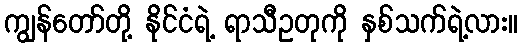
ကျွန်တော်တို့ နိုင်ငံရဲ့ ရာသီဥတုကို နှစ်သက်ရဲ့လား။